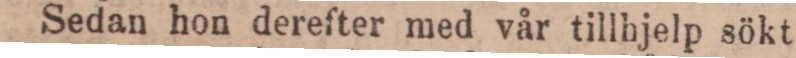
Sedan hon derefter med vår tillhjelp sökt